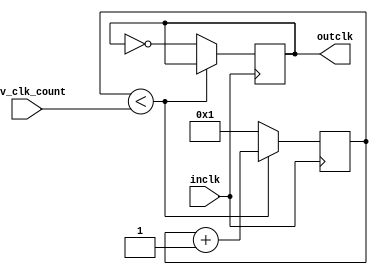
/* code taken from Lab1, written by Ivan Cheung (me) */
module clkdiv (inclk, outclk, div_clk_count);
    input inclk;
    output reg outclk = 1'b0;
	input[31:0] div_clk_count; //#  posedges are in 1/2 a period of outclk
	reg [31:0] count = 32'd1;
    /* outclk will hold its value until count is reached */
    always @ (posedge inclk) begin

        if (count < div_clk_count) begin
            count <= count + 32'd1;
        end

        else begin
        outclk <= ~outclk;
        count <= 32'd1;
        end

    end

endmodule